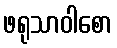
ဖရုသာဝါစော